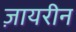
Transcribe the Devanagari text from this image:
ज़ायरीन